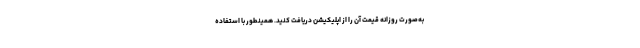
به‌صورت روزانه قیمت آن را از اپلیکیشن دریافت کنید. همینطور با استفاده